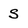
Character: S